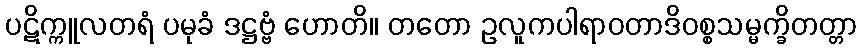
ပဋိက္ကူလတရံ ပမုခံ ဒဋ္ဌဗ္ဗံ ဟောတိ။ တတော ဥလူကပါရာဝတာဒိဝစ္စသမ္မက္ခိတတ္တာ